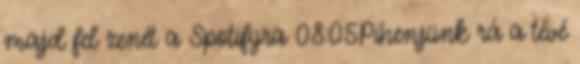
majd fel zenét a Spotifyra 08:05Pihenjünk rá a tévé